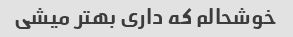
خوشحالم که داری بهتر میشی